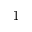
_ 1